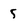
Character: 5